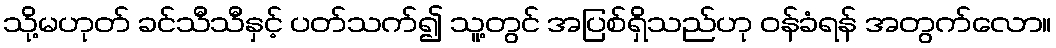
သို့မဟုတ် ခင်သီသီနှင့် ပတ်သက်၍ သူ့တွင် အပြစ်ရှိသည်ဟု ဝန်ခံရန် အတွက်လော။